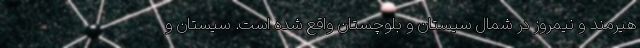
هیرمند و نیمروز در شمال سیستان و بلوچستان واقع شده است. سیستان و